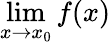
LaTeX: \operatorname*{lim}_{x\to x_{0}}f(x)